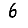
Digit: 6